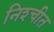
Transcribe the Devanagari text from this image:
निश्‍चीत